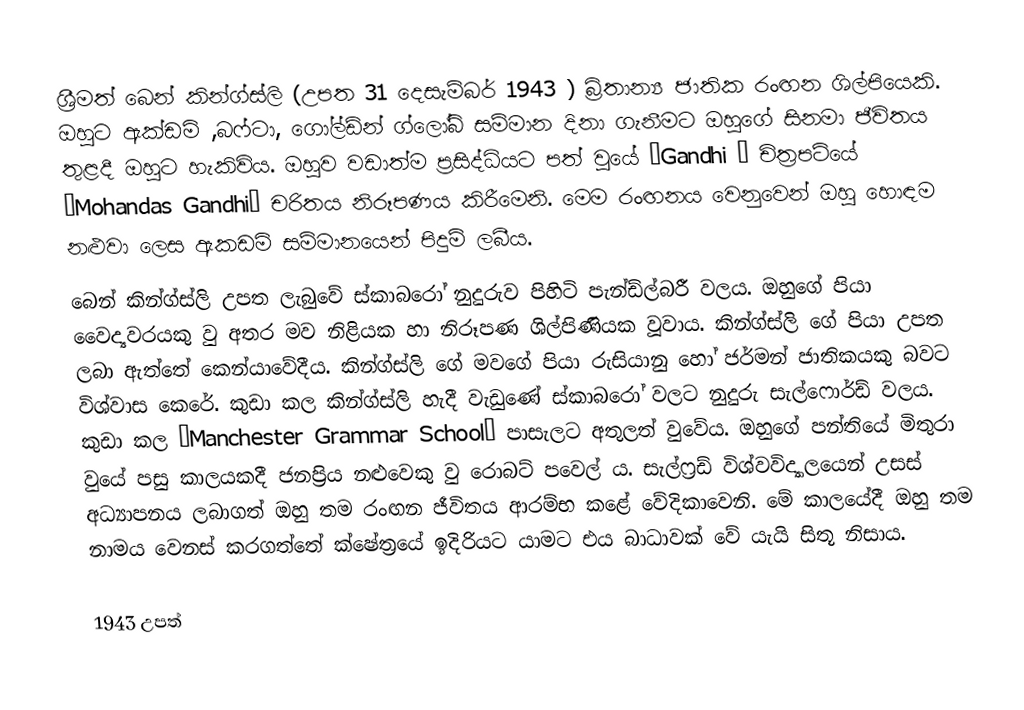
ශ්‍රීමත් බෙන් කින්ග්ස්ලි (උපත 31 දෙසැම්බර් 1943 ) බ්‍රිතාන්‍ය ජාතික රංඟන ශිල්පියෙකි. ඔහුට ඇක්ඩමි ,බෆ්ටා, ගෝල්ඩ්න් ග්ලෝබ් සම්මාන දිනා ගැනීමට ඔහුගේ සිනමා ජීවිතය තුළදී ඔහුට හැකිවිය. ඔහුව වඩාත්ම ප්‍රසිද්ධියට පත් වුයේ “Gandhi “  චිත්‍රපටියේ  “Mohandas Gandhi” චරිතය නිරූපණය කිරීමෙනි. මෙම රංඟනය වෙනුවෙන් ඔහු හොඳම නළුවා ලෙස ඇකඩමි සම්මානයෙන් පිදුම් ලබීය.
බෙන් කින්ග්ස්ලි උපත ලැබුවේ ස්කාබරෝ නුදුරුව පිහිටි පැන්ඩ්ල්බරී වලය. ඔහුගේ පියා වෛද්‍යවරයකු වු අතර මව නිළියක හා නිරූපණ ශිල්පිණියක වූවාය. කින්ග්ස්ලි ගේ පියා උපත ලබා ඇත්තේ කෙන්යාවේදීය. කින්ග්ස්ලි ගේ මවගේ පියා රුසියානු හෝ ජර්මන් ජාතිකයකු බවට විශ්වාස කෙරේ. කුඩා කල කින්ග්ස්ලි හැදී වැඩුණේ ස්කාබරෝ වලට නුදුරු සැල්ෆොර්ඩ් වලය. කුඩා කල “Manchester Grammar School” පාසැලට අතුලත් වුවේය. ඔහුගේ පන්තියේ මිතුරා වුයේ පසු කාලයකදී ජනප්‍රිය නළුවෙකු වු රොබට් පවෙල් ය. සැල්ෆ්‍රඩ් විශ්වවිද්‍යාලයෙන් උසස් අධ්‍යාපනය ලබාගත් ඔහු තම රංඟන ජීවිතය ආරම්භ කළේ වේදිකාවෙනි. මේ කාලයේදී ඔහු තම නාමය වෙනස් කරගත්තේ ක්ෂේත්‍රයේ ඉදිරියට යාමට එය බාධාවක් වේ යැයි සිතූ නිසාය.

1943 උපත්